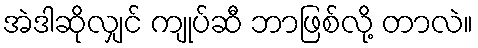
အဲဒါဆိုလျှင် ကျုပ်ဆီ ဘာဖြစ်လို့ တာလဲ။